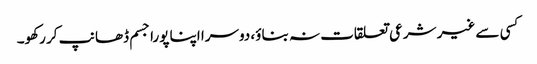
کسی سے غیر شرعی تعلقات نہ بناؤ، دوسرا اپنا پورا جسم ڈھانپ کر رکھو۔